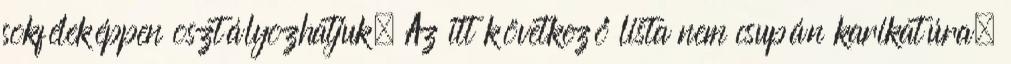
sokféleképpen osztályozhatjuk. Az itt következő lista nem csupán karikatúra;